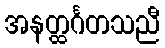
အနတ္ထင်္ဂတသညီ